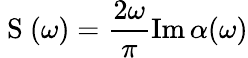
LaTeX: \mathrm{~S~}(\omega)=\frac{2\omega}{\pi}\operatorname{Im}\alpha(\omega)